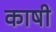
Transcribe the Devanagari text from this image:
काषी